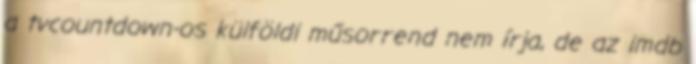
a tvcountdown-os külföldi műsorrend nem írja, de az imdb